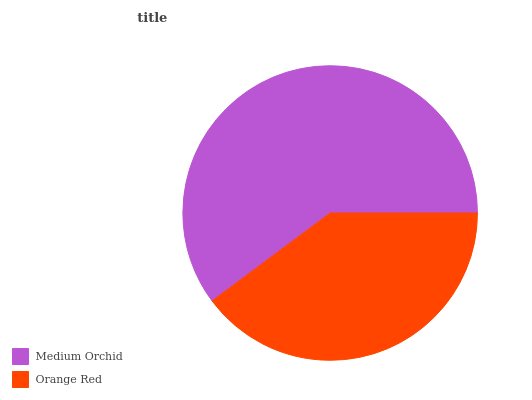
| Medium Orchid | Orange Red |
 | --- | --- |
 | 60.2% | 39.8% |